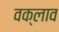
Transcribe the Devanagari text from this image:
वक्लाव